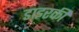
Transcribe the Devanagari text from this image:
डाइरकी